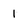
Character: 1